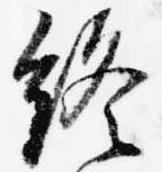
終